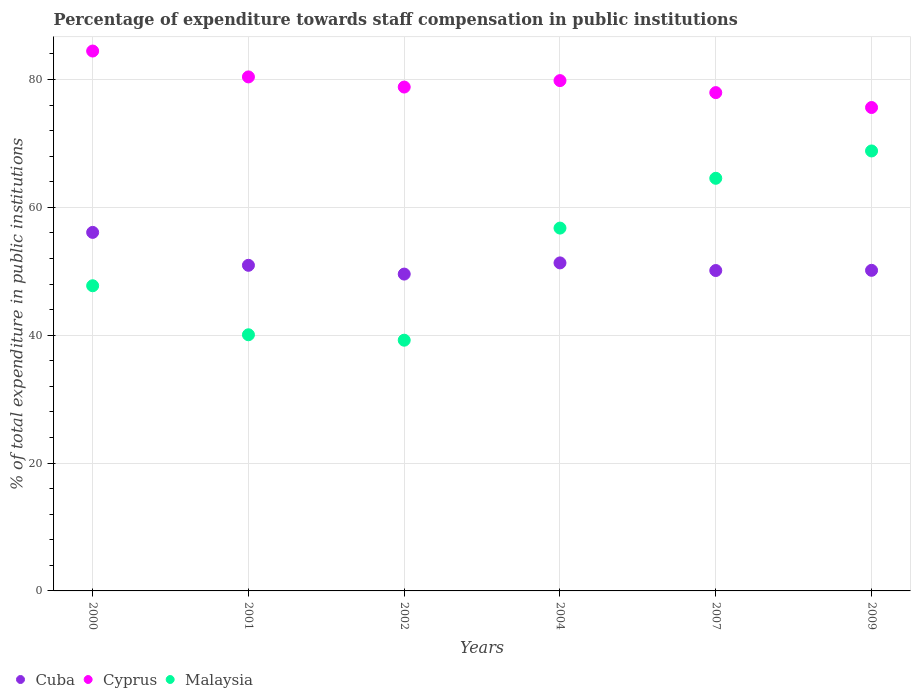
| Years | Cuba | Cyprus | Malaysia |
 | --- | --- | --- | --- |
 | 2000 | 56.1 | 84.4 | 47.7 |
 | 2001 | 50.9 | 80.4 | 40.1 |
 | 2002 | 49.6 | 78.8 | 39.2 |
 | 2004 | 51.3 | 79.8 | 56.8 |
 | 2007 | 50.1 | 77.9 | 64.5 |
 | 2009 | 50.1 | 75.6 | 68.8 |